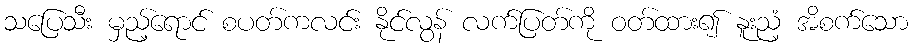
သပြေသီး မှည့်ရောင် စပတ်ကလင်း နိုင်လွန် လက်ပြတ်ကို ဝတ်ထား၍ နူးညံ့ အိစက်သော